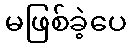
မဖြစ်ခဲ့ပေ